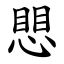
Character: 愳